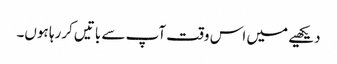
دیکھیے میں اس وقت آپ سے باتیں کررہا ہوں۔